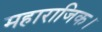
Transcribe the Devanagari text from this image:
महाराजिक।